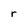
Character: r